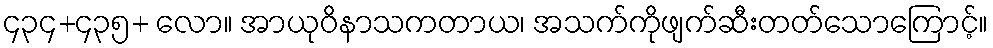
၄၃၄+၄၃၅+ လော။ အာယုဝိနာသကတာယ၊ အသက်ကိုဖျက်ဆီးတတ်သောကြောင့်။